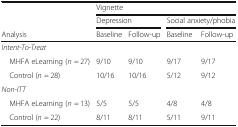
<table><thead><tr><td></td><td colspan="4"><b>Vignette</b></td></tr><tr><td></td><td colspan="2"><b>Depression</b></td><td colspan="2"><b>Social anxiety/phobia</b></td></tr><tr><td><b>Analysis</b></td><td><b>Baseline</b></td><td><b>Follow-up</b></td><td><b>Baseline</b></td><td><b>Follow-up</b></td></tr></thead><tbody><tr><td colspan="5"><i>Intent-To-Treat</i></td></tr><tr><td> MHFA eLearning (<i>n</i> = 27)</td><td>9/10</td><td>9/10</td><td>9/17</td><td>9/17</td></tr><tr><td> Control (<i>n</i> = 28)</td><td>10/16</td><td>10/16</td><td>5/12</td><td>9/12</td></tr><tr><td colspan="5"><i>Non-ITT</i></td></tr><tr><td> MHFA eLearning (<i>n</i> = 13)</td><td>5/5</td><td>5/5</td><td>4/8</td><td>4/8</td></tr><tr><td> Control (<i>n</i> = 22)</td><td>8/11</td><td>8/11</td><td>5/11</td><td>9/11</td></tr></tbody></table>